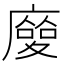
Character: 𢋌